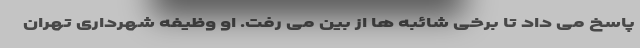
پاسخ می داد تا برخی شائبه ها از بین می رفت. او وظیفه شهرداری تهران